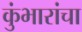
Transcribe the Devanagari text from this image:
कुंभारांचा